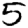
Digit: 5